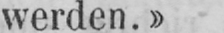
werden.»